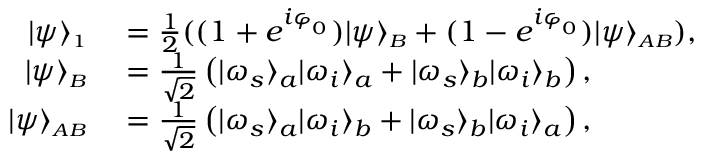
\begin{array} { r l } { | \psi \rangle _ { \scriptscriptstyle 1 } } & { { } = \frac { 1 } { 2 } ( ( 1 + e ^ { i \varphi _ { _ 0 } } ) | \psi \rangle _ { \scriptscriptstyle B } + ( 1 - e ^ { i \varphi _ { _ 0 } } ) | \psi \rangle _ { \scriptscriptstyle A B } ) , } \\ { | \psi \rangle _ { \scriptscriptstyle B } } & { { } = \frac { 1 } { \sqrt { 2 } } \left( \vert \omega _ { s } \rangle _ { a } \vert \omega _ { i } \rangle _ { a } + \vert \omega _ { s } \rangle _ { b } \vert \omega _ { i } \rangle _ { b } \right) , } \\ { | \psi \rangle _ { \scriptscriptstyle A B } } & { { } = \frac { 1 } { \sqrt { 2 } } \left( \vert \omega _ { s } \rangle _ { a } \vert \omega _ { i } \rangle _ { b } + \vert \omega _ { s } \rangle _ { b } \vert \omega _ { i } \rangle _ { a } \right) , } \end{array}